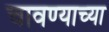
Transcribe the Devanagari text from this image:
चावण्याच्या